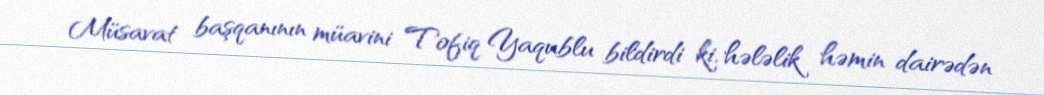
Müsavat başqanının müavini Tofiq Yaqublu bildirdi ki, hələlik həmin dairədən